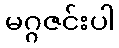
မဂ္ဂဇင်းပါ